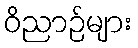
ဝိညာဉ်များ